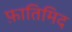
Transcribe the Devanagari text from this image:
फ़ातिमिद